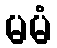
မမံ